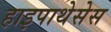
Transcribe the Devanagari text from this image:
हाइपाथेसेस